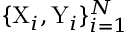
\{ \mathrm { X } _ { i } , \mathrm { Y } _ { i } \} _ { i = 1 } ^ { N }